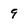
Character: 9